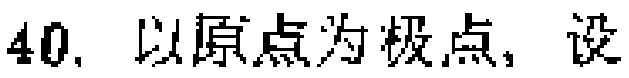
40. 以原点为极点, 设